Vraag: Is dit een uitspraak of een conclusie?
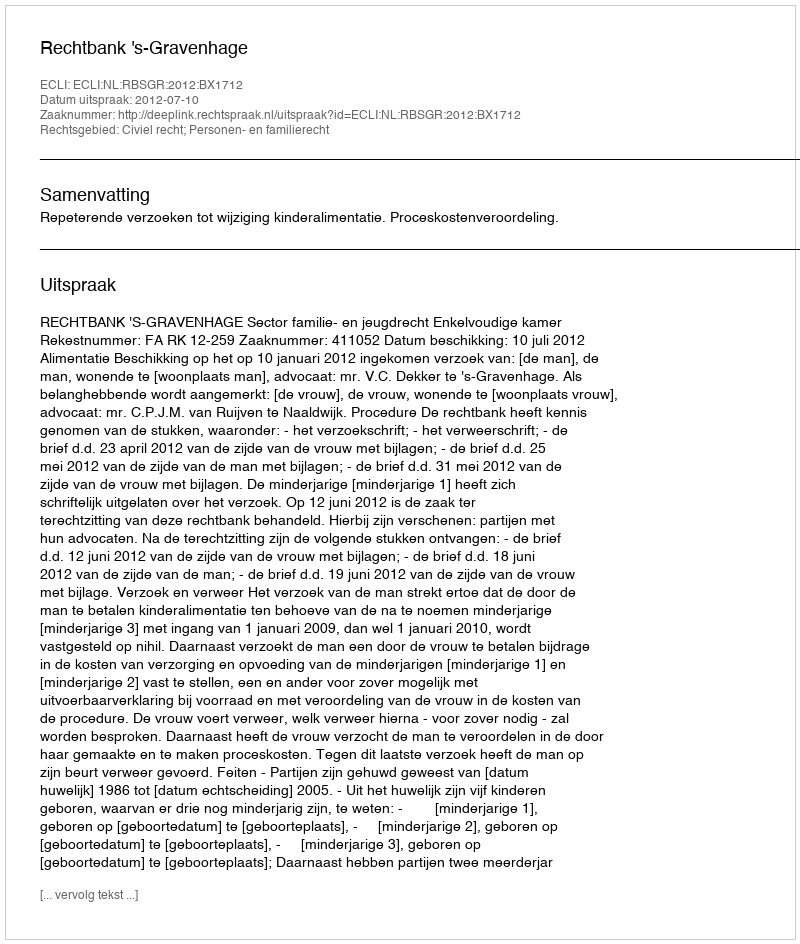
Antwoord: Uitspraak